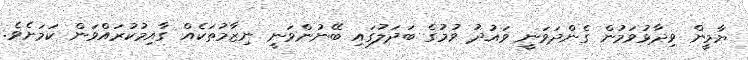
ޔާމީން ވިދާޅުވަމުން ގެންދަވަނީ ވައުދު ވުމުގެ ބަދަލުގައި ބޭނުންވަނީ ނިޒާމުތަކެއް ގާއިމުކުރައްވަން ކަމަށެވެ.